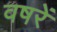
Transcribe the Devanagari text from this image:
वषरें